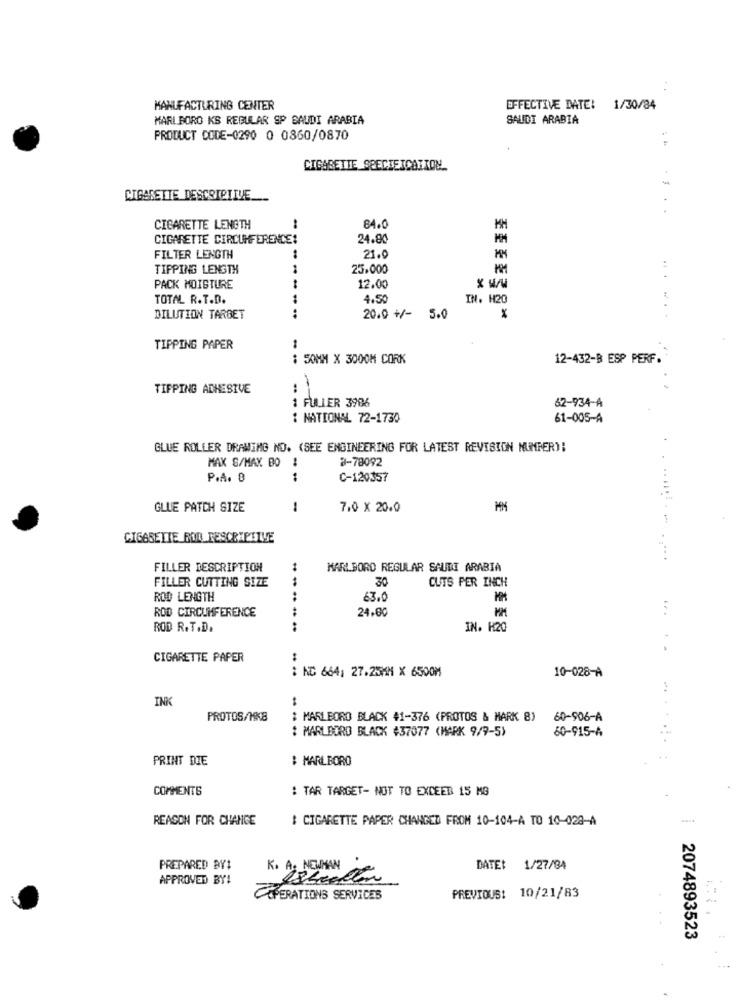
MANUFACTURING CENTER
EFFECTIVE DATE: 1/30/34
MARLBORO KS REGULAR SP SAUDI ARABIA
SAUDI ARABIA
PRODUCT CODE-0290 0 0860/0870
:
CIGARETTE SPECIEICATION.
CIGARETTE DESCRIPTIVE
. .
CIGARETTE LENGTH
84.0
MM
CIGARETTE CIRCUMFERENCE:
24.80
MM
FILTER LENGTH
..
21.0
TIPPING LENGTH
1
25.000
PACK MOISTURE
12.00
TOTAL R.T.D.
4.50
IN. H20
DILUTION TARBET
20.0 +/- 5.0
.....
1
TIPPING PAPER
: 50MM X 3000M CORK
12-432-B ESP PERF.
TIFPING ADHESIVE
:
: FULLER 3986
62-934-A
: NATIONAL 72-1730
61-005-A
GLUE ROLLER DRAWING NO. (SEE ENGINEERING FOR LATEST REVISION NUMBER):
MAX S/MAX BO
8-78092
:
P.A. 8
C-120357
GLUE PATCH SIZE
1
7.0 × 20.0
CIGASETIE ROD RESCRIPTIVE
. ....
FILLER DESCRIPTION
KARLBORD REGULAR SAUDI ARABIA
FILLER CUTTING SIZE
30
CUTS PER INCH
--
ROD LENGTH
63.0
ROD CIRCUMFERENCE
24.00
. .
ROD R.T.D.
IN. H20
CIGARETTE PAPER
: KC 664; 27.25MM X 6500M
10-028-A
INK
PROTOS/198
: MARLBORO BLACK 41-376 (PROTOS & MARK 8)
60-906-A
.... .
: MARLBORO BLACK #37077 (MARK 9/9-5)
60-915-A
PRINT DIE
: MARLBORO
COMMENTS
: TAR TARGET- NOT TO EXCEED 15 MG
REASON FOR CHANGE
: CIGARETTE PAPER CHANGED FROM 10-104-A TO 10-028-A
PREPARED BY#
K. A. NEWMAN
DATE: 1/27/94
APPROVED BY!
OPERATIONS SERVICES
PREVIOUS: 10/21/83
2074893523